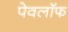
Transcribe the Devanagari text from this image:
पेवलॉफ